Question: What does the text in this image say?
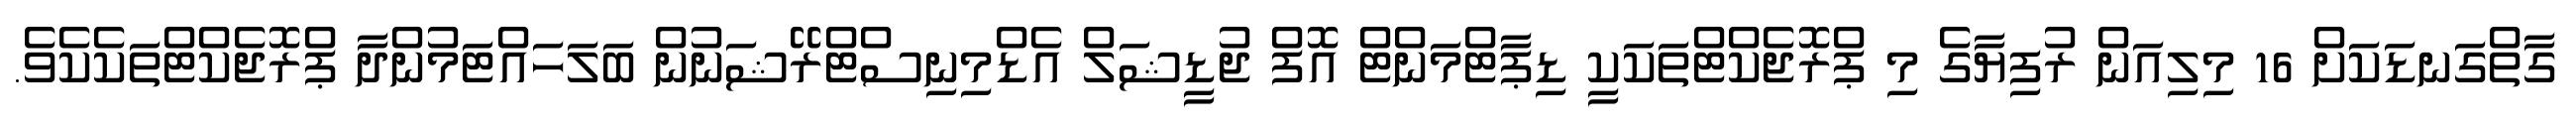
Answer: ގާތްގަނޑަކަށް 16 މިލިއަން ރުފިޔާގެ މި ޕްރޮޖެކްޓްތަކަކީ ޑިޕާޓްމަންޓް އޮފް ޖުޑީޝަލް އެޑްމިނިސްޓްރޭޝަނުން ބަލަހައްޓަމުންދާ ޕްރޮޖެކްޓްތަކެކެވެ.